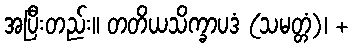
အပြီးတည်း။ တတိယသိက္ခာပဒံ (သမတ္တံ)၊ +